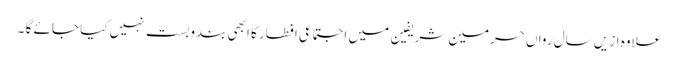
علاوہ ازیں سال رواں حرمین شریفین میں اجتماعی افطار کا ابھی بندوبست نہیں کیا جائے گا ۔